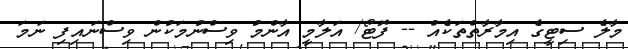
މާލެ ސިޓީގެ އިމާރާތްތަކެއް -- ފޮޓޯ/ އަލާމީ އާންމު ވިސްނުމަކުން ވިސްނައިފި ނަމަ